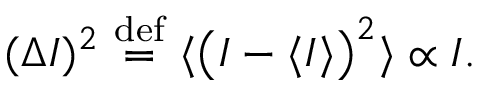
( \Delta I ) ^ { 2 } \ { \stackrel { \mathrm { d e f } } { = } } \ \langle \left( I - \langle I \rangle \right) ^ { 2 } \rangle \propto I .